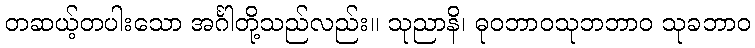
တဆယ့်တပါးသော အင်္ဂါတို့သည်လည်း။ သုညာနိ၊ ဓုဝဘာဝသုဘဘာဝ သုခဘာဝ